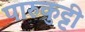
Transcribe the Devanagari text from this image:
पारुकुट्टी